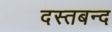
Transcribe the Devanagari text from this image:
दस्तबन्द